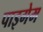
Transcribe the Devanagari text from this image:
पाइगेम